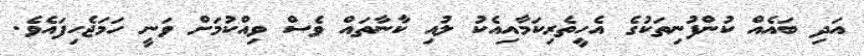
އަދި ބައެއް ކުންފުނިތަކުގެ އެހީތެރިކަމާއިއެކު ލުއި ކާނާތައް ވެސް ވިއްކުމަށް ވަނީ ހަމަޖެހިފައެވެ.